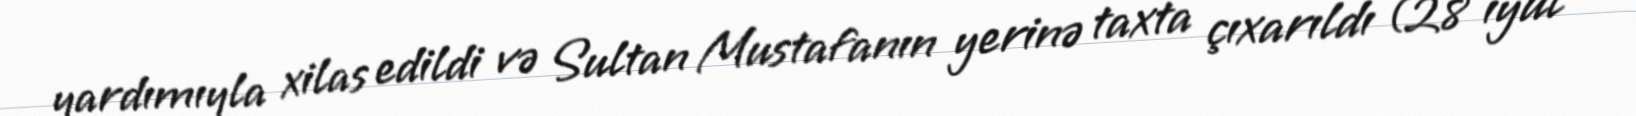
yardımıyla xilas edildi və Sultan Mustafanın yerinə taxta çıxarıldı (28 iyul